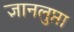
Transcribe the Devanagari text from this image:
ज्ञानलुप्ता